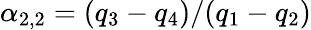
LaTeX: \alpha_{2,2}=(q_{3}-q_{4})/(q_{1}-q_{2})